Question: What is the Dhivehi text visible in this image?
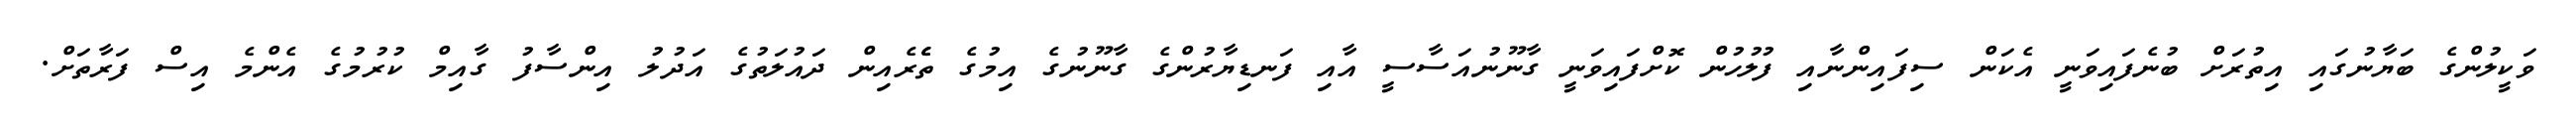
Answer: ވަކީލުންގެ ބަޔާނުގައި އިތުރަށް ބުނެފައިވަނީ އެކަން ސިފައިންނާއި ފުލުހުން ކޮށްފައިވަނީ ގާނޫނުއަސާސީ އާއި ފަނޑިޔާރުންގެ ގާނޫނުގެ އިމުގެ ތެެރެއިން ދައުލަތުގެ އަދުލު އިންސާފު ގާއިމް ކުރުމުގެ އެންމެ އިސް ފަރާތަށް.